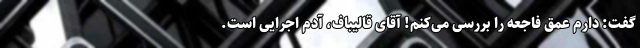
گفت: دارم عمق فاجعه را بررسی می‌کنم! آقای قالیباف، آدم اجرایی است.